Newspaper: The herald-advance.
Place of publication: Milbank, S.D.
Publisher: W.W. Downie
Date: 1900-01-19 00:00:00
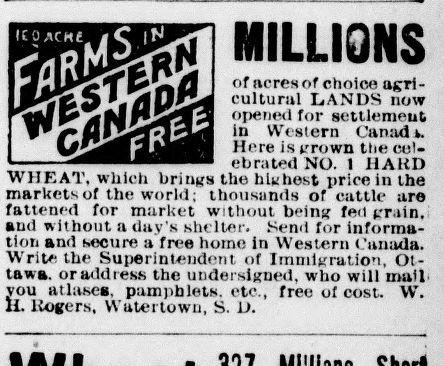
Advertisement text (OCR):
MILLIONS of acres of ehoion agri cultural IjANDS now opened for settlement in Western C'anadA. Here is k'rown the col ebrat^il NO. 1 11AKD WHEAT, wiiicii bniiKS the bit host price Ihe markets of the world tlioussinls of cattle af6 fattened for market without b"int: fed (.-run, and without a day's shelter. Send for in forma tion and secure a'free home in Western ('unaclau Write the Superintendent, of ImmiKration, Ot tawa. oradliess the uiiderslKneri. who will mail' you atlahes. pampbletM. etc., free of cost. W, H. IvoKers, WaUjitowii, S. JJ.
Label: text-only